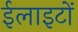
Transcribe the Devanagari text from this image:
ईलाइटों